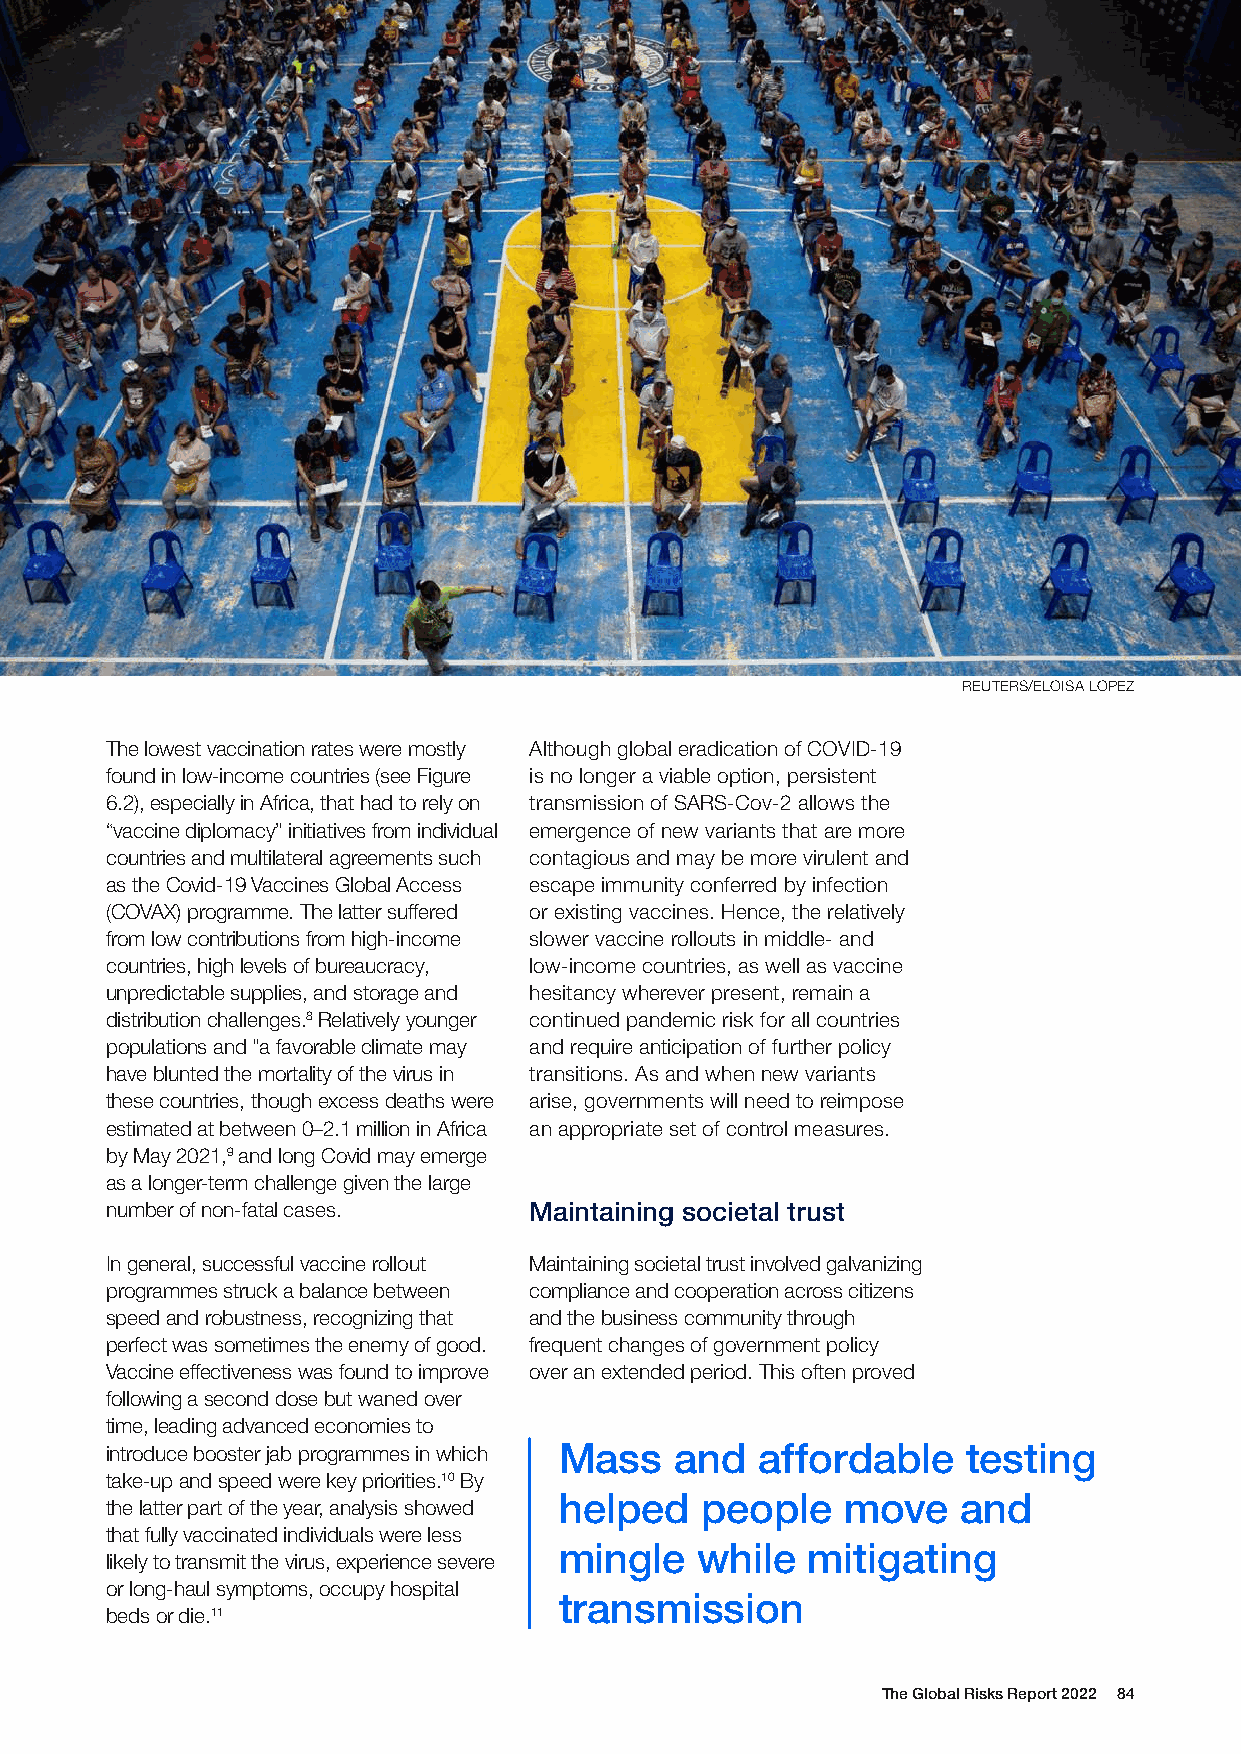
REUTERS/ELOISA LOPEZ
 The lowest vaccination rates were mostly Although global eradication of COVID-19
 found in low-income countries (see Figure is no longer a viable option, persistent
 6.2), especially in Africa, that had to rely on transmission of SARS-Cov-2 allows the
 “vaccine diplomacy” initiatives from individual emergence of new variants that are more
 countries and multilateral agreements such contagious and may be more virulent and
 as the Covid-19 Vaccines Global Access escape immunity conferred by infection
 (COVAX) programme. The latter suffered or existing vaccines. Hence, the relatively
 from low contributions from high-income slower vaccine rollouts in middle- and
 countries, high levels of bureaucracy, low-income countries, as well as vaccine
 unpredictable supplies, and storage and hesitancy wherever present, remain a
 distribution challenges.8 Relatively younger continued pandemic risk for all countries
 populations and "a favorable climate may and require anticipation of further policy
 have blunted the mortality of the virus in transitions. As and when new variants
 these countries, though excess deaths were arise, governments will need to reimpose
 estimated at between 0–2.1 million in Africa an appropriate set of control measures.
 by May 2021,9 and long Covid may emerge
 as a longer-term challenge given the large
 number of non-fatal cases.  Maintaining societal trust
 In general, successful vaccine rollout Maintaining societal trust involved galvanizing
 programmes struck a balance between compliance and cooperation across citizens
 speed and robustness, recognizing that and the business community through
 perfect was sometimes the enemy of good. frequent changes of government policy
 Vaccine effectiveness was found to improve over an extended period. This often proved
 following a second dose but waned over
 time, leading advanced economies to
 introduce booster jab programmes in which Mass and affordable testing
 take-up and speed were key priorities.10 By
 helped   people    move    and
 the latter part of the year, analysis showed
 that fully vaccinated individuals were less
 mingle   while  mitigating
 likely to transmit the virus, experience severe
 or long-haul symptoms, occupy hospital
 transmission
 beds or die.11
 The Global Risks Report 2022 84